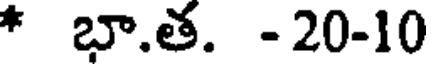
* భా.త. -20-10